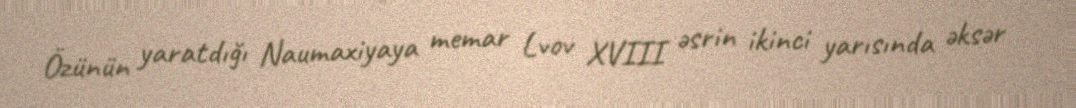
Özünün yaratdığı Naumaxiyaya memar Lvov XVIII əsrin ikinci yarısında əksər